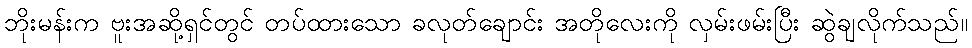
ဘိုးမန်းက ဗူးအဆို့ရှင်တွင် တပ်ထားသော ခလုတ်ချောင်း အတိုလေးကို လှမ်းဖမ်းပြီး ဆွဲချလိုက်သည်။